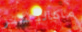
ماكاليستر